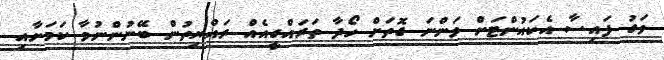
ވަގު ފައިސާ އެކައުންޓަށް ވަންނަ ގޮތަށް ހޯދާ ތަރައްގީއެއް ރައްޔިތުން ބޭނުންނުވާ ކަމަށާއި